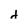
Character: d